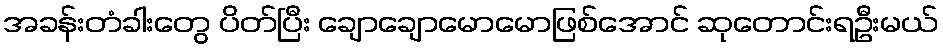
အခန်းတံခါးတွေ ပိတ်ပြီး ချောချောမောမောဖြစ်အောင် ဆုတောင်းရဦးမယ်